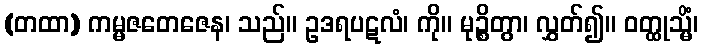
(တထာ) ကမ္မဇတေဇေန၊ သည်။ ဥဒရပဋလံ၊ ကို။ မုဉ္စိတွာ၊ လွှတ်၍။ ဝတ္ထုသ္မိံ၊